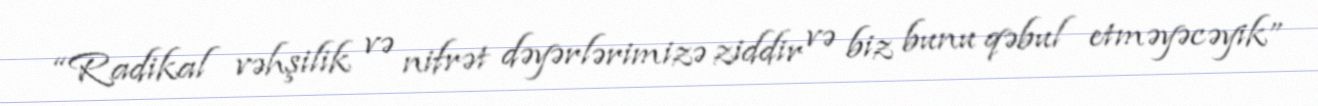
“Radikal vəhşilik və nifrət dəyərlərimizə ziddir və biz bunu qəbul etməyəcəyik”